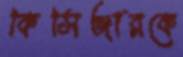
কিসিঞ্জারকে